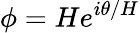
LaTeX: \phi=He^{i\theta/H}